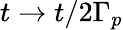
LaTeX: t\rightarrow\left.t\right/2\Gamma_{p}